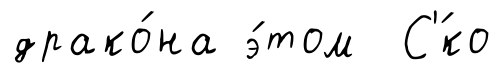
драко́на э́том С'́ко